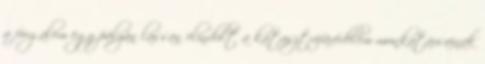
a forgalom egy pályán lassan elindult a katasztrófavédelem munkatársainak